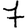
Digit: 7